Lunatic asylums Punjab 1911-1921 - 1911-1921
Year: 1911
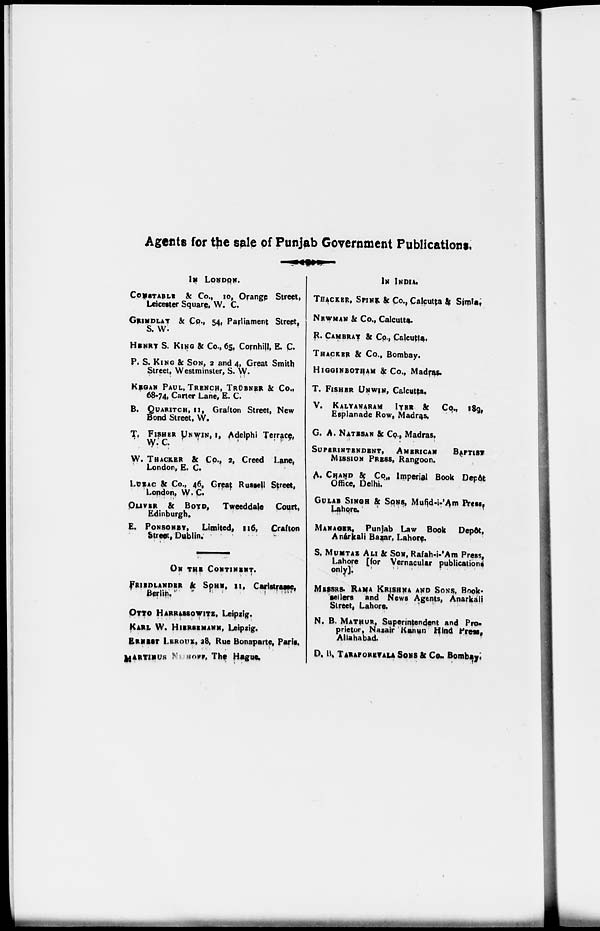
Agents for the sale of Punjab Government Publications.
IN LONDON.
CONSTABLE & Co., 10, Orange Street,
Leicester Square, W. C.
GRINDLAY & Co., 54, Parliament Street,
S. W.
HENRY S. KING & Co., 65, Cornhill, E. C.
P. S. KING & SON, 2 and 4, Great Smith
Street, Westminster, S. W.
KEGAN PAUL, TRENCH, TRÜBNER & Co.,
68-74, Carter Lane, E. C.
B. QUARITCH, 11, Grafton Street, New
Bond Street, W.
T. FISHER UNWIN, 1, Adelphi Terrace,
W. C.
W. THACKER & Co., 2, Creed Lane,
London, E. C.
LUZAC & Co., 46, Great Russell Street,
London, W. C.
OLIVER & BOYD, Tweeddale Court,
Edinburgh.
E. PONSONBY, Limited, 116, Crafton
Street, Dublin.
ON THE CONTINENT.
FRIEDLANDER & SOHN, 11, Carlstrasse,
Berlin.
OTTO HARRASSOWITZ, Leipzig.
KARL W. HIERSEMANN, Leipzig.
ERNEST LEROUX, 28, Rue Bonaparte, Paris.
MARTINUS NIJHOFF, The Hague.
IN INDIA.
THACKER, SPINK & Co., Calcutta & Simla.
NEWMAN & Co., Calcutta.
R. CAMBRAY & Co., Calcutta,
THACKER & Co., Bombay.
HIGGINBOTHAM & Co., Madras.
T. FISHER UNWIN, Calcutta.
V. KALYANARAM IYER & Co., 189,
Esplanade Row, Madras.
G. A. NATESAN & Co., Madras.
SUPERINTENDENT, AMERICAN BAPTIST
MISSION PRESS, Rangoon.
A. CHAND & Co., Imperial Book Depôt
Office, Delhi.
GULAB SINGH & SONS, Mufid-i-'Am Press,
Lahore.
MANAGER, Punjab Law Book Depôt,
Anárkali Bazar, Lahore.
S. MUMTAZ ALI & SON, Rafah-i-'Am Press,
Lahore [for Vernacular publications
only].
MESSRS. RAMA KRISHNA AND SONS, Book-
sellers and News Agents, Anarkali
Street, Lahore.
N. B. MATHUR, Superintendent and Pro-
prietor, Nazair Kanun Hind Press,
Allahabad.
D. B. TARAPOREVALA SONS &Co., Bombay.